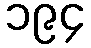
၁၉၄